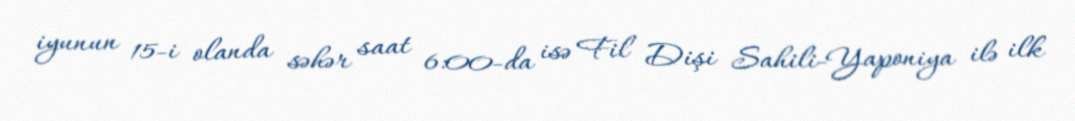
iyunun 15-i olanda səhər saat 6:00-da isə Fil Dişi Sahili-Yaponiya ilə ilk